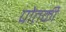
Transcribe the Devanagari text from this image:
पोतकी